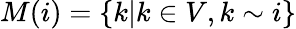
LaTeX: M(i)=\{ k|k\in V,k\sim i\}